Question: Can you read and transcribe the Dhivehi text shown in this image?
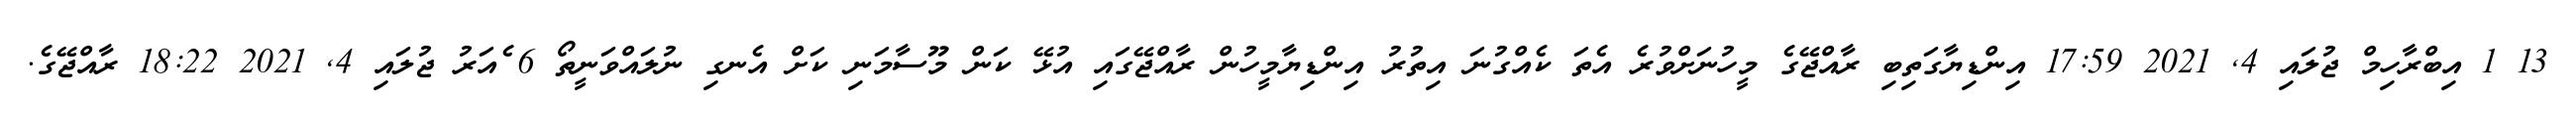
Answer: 13 1 އިބްރާހިމް ޖުލައި 4, 2021 17:59 އިންޑިޔާގަތިބި ރާއްޖޭގެ މީހުނަށްވުރެ އެތަ ކެއްގުނަ އިތުރު އިންޑިޔާމީހުން ރާއްޖޭގައި އުޅޭ ކަން މޫސާމަނި ކަށް އެނގި ނުލައްވަނީތޯ 6 ެއަރު ޖުލައި 4, 2021 18:22 ރާއްޖޭގެ.